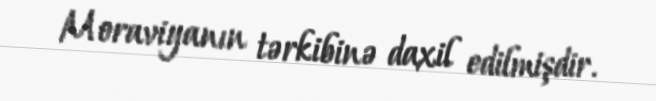
Moraviyanın tərkibinə daxil edilmişdir.